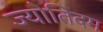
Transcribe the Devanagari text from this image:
ज्योतिदम